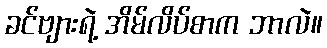
ခင်ဗျားရဲ့ အိမ်လိပ်စာက ဘာလဲ။